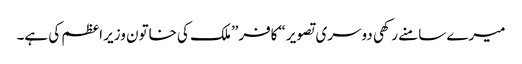
میرے سامنے رکھی دوسری تصویر “کافر” ملک کی خاتون وزیر اعظم کی ہے۔